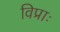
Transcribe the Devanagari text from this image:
विप्राः